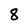
Character: 8